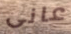
عانى